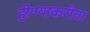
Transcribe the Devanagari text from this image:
होण्याकरीता